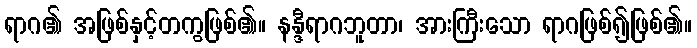
ရာဂ၏ အဖြစ်နှင့်တကွဖြစ်၏။ နန္ဒီရာဂဘူတာ၊ အားကြီးသော ရာဂဖြစ်၍ဖြစ်၏။